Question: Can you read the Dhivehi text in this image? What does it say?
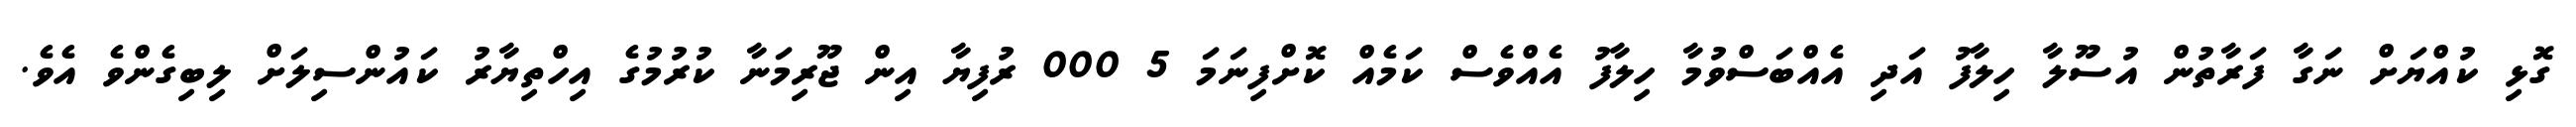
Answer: ގޮޅި ކުއްޔަށް ނަގާ ފަރާތުން އުސޫލާ ހިލާފު އަދި އެއްބަސްވުމާ ހިލާފު އެއްވެސް ކަމެއް ކޮށްފިނަމަ 5 000 ރުފިޔާ އިން ޖޫރިމަނާ ކުރުމުގެ އިހްތިޔާރު ކައުންސިލަށް ލިބިގެންވެ އެވެ.